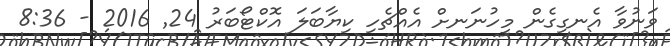
ވަނުވާ އެނގިގެން މީހުނަނށް އެއްޗެހި ކިޔާބަލަ އޮކްޓޯބަރު 24